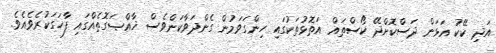
އަދި ކޭކު އަޅަން ދަސްކޮށްދޭ ކޯސްތައް އަތޮޅުތަކުގައި ހިންގަވަމުން ގެންދަވާކަންވެސް ޚާއްޞަގޮތެއްގައި ފާހަގަކުރެވެއެވެ.